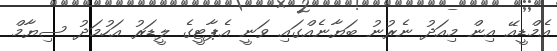
އެމްޑީއޭ އިން މިއަދު ނެރުނު ބަޔާނެއްގައި ވަނީ އެޕާޓީގެ ލީޑަރު އަހުމަދު ސިޔާމް